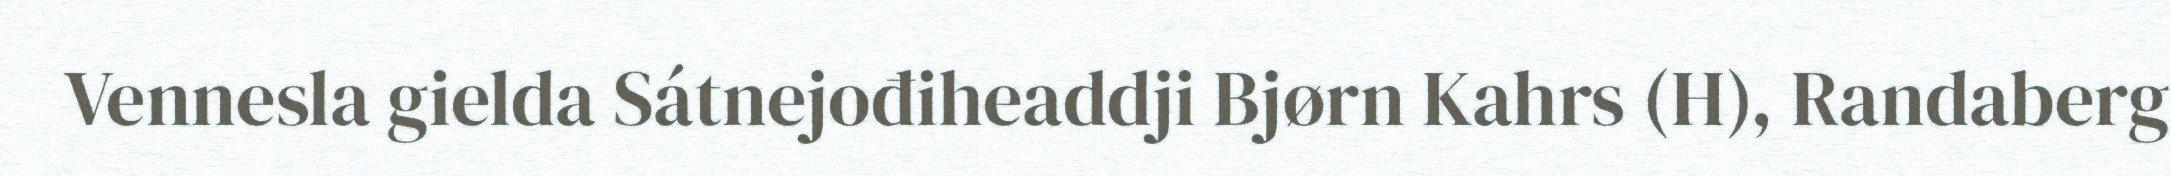
Vennesla gielda Sátnejođiheaddji Bjørn Kahrs (H), Randaberg